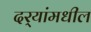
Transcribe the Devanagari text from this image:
दर्‍यांमधील